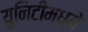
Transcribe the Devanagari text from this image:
युनिटीमध्ये